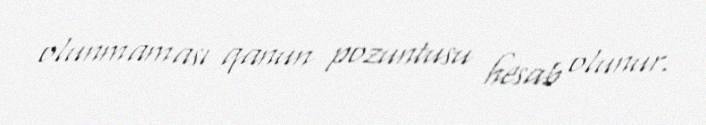
olunmaması qanun pozuntusu hesab olunur.